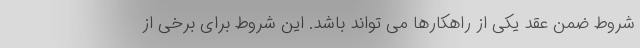
شروط ضمن عقد یکی از راهکارها می تواند باشد. این شروط برای برخی از